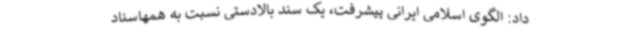
داد: الگوی اسلامی ایرانی پیشرفت، یک سند بالادستی نسبت به همهاسناد